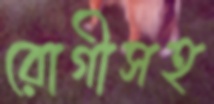
রোগীসহ